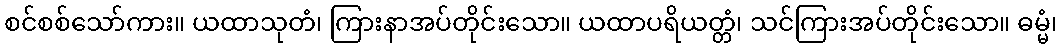
စင်စစ်သော်ကား။ ယထာသုတံ၊ ကြားနာအပ်တိုင်းသော။ ယထာပရိယတ္တံ၊ သင်ကြားအပ်တိုင်းသော။ ဓမ္မံ၊